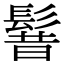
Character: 𩭡